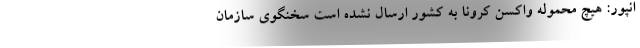
انپور: هیچ محموله واکسن کرونا به کشور ارسال نشده است سخنگوی سازمان